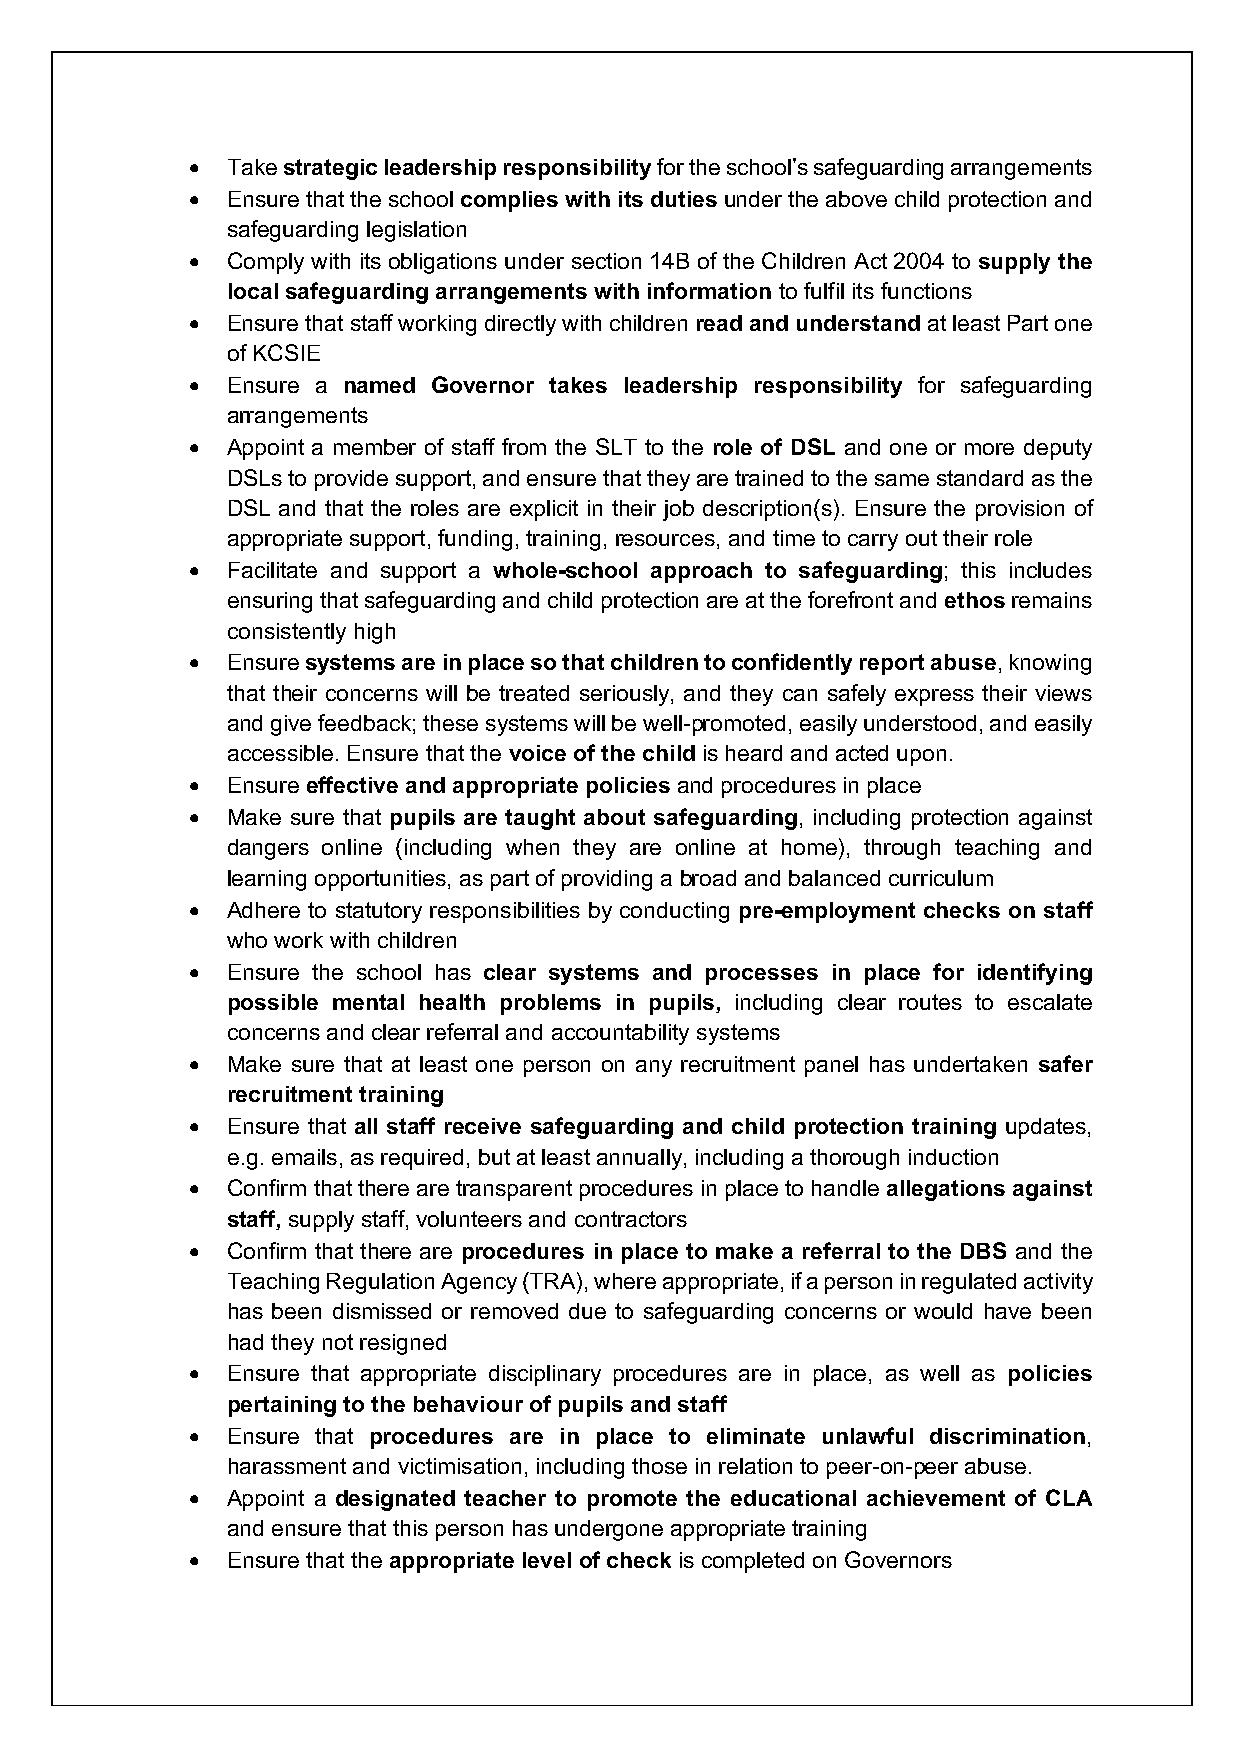
• Take strategic leadership responsibility for the school’s safeguarding arrangements
 • Ensure that the school complies with its duties under the above child protection and
 safeguarding legislation
 • Comply with its obligations under section 14B of the Children Act 2004 to supply the
 local safeguarding arrangements with information to fulfil its functions
 • Ensure that staff working directly with children read and understand at least Part one
 of KCSIE
 • Ensure a named Governor takes leadership responsibility for safeguarding
 arrangements
 • Appoint a member of staff from the SLT to the role of DSL and one or more deputy
 DSLs to provide support, and ensure that they are trained to the same standard as the
 DSL and that the roles are explicit in their job description(s). Ensure the provision of
 appropriate support, funding, training, resources, and time to carry out their role
 • Facilitate and support a whole-school approach to safeguarding; this includes
 ensuring that safeguarding and child protection are at the forefront and ethos remains
 consistently high
 • Ensure systems are in place so that children to confidently report abuse, knowing
 that their concerns will be treated seriously, and they can safely express their views
 and give feedback; these systems will be well-promoted, easily understood, and easily
 accessible. Ensure that the voice of the child is heard and acted upon.
 • Ensure effective and appropriate policies and procedures in place
 • Make sure that pupils are taught about safeguarding, including protection against
 dangers online (including when they are online at home), through teaching and
 learning opportunities, as part of providing a broad and balanced curriculum
 • Adhere to statutory responsibilities by conducting pre-employment checks on staff
 who work with children
 • Ensure the school has clear systems and processes in place for identifying
 possible mental health problems in pupils, including clear routes to escalate
 concerns and clear referral and accountability systems
 • Make sure that at least one person on any recruitment panel has undertaken safer
 recruitment training
 • Ensure that all staff receive safeguarding and child protection training updates,
 e.g. emails, as required, but at least annually, including a thorough induction
 • Confirm that there are transparent procedures in place to handle allegations against
 staff, supply staff, volunteers and contractors
 • Confirm that there are procedures in place to make a referral to the DBS and the
 Teaching Regulation Agency (TRA), where appropriate, if a person in regulated activity
 has been dismissed or removed due to safeguarding concerns or would have been
 had they not resigned
 • Ensure that appropriate disciplinary procedures are in place, as well as policies
 pertaining to the behaviour of pupils and staff
 • Ensure that procedures are in place to eliminate unlawful discrimination,
 harassment and victimisation, including those in relation to peer-on-peer abuse.
 • Appoint a designated teacher to promote the educational achievement of CLA
 and ensure that this person has undergone appropriate training
 • Ensure that the appropriate level of check is completed on Governors